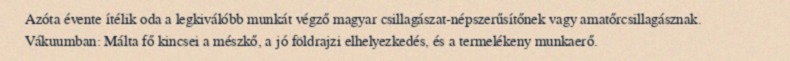
Azóta évente ítélik oda a legkiválóbb munkát végző magyar csillagászat-népszerűsítőnek vagy amatőrcsillagásznak. Vákuumban: Málta fő kincsei a mészkő, a jó földrajzi elhelyezkedés, és a termelékeny munkaerő.